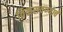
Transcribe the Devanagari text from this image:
विकसवण्याचे